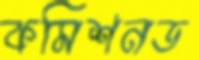
কমিশনড